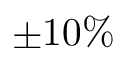
\pm 1 0 \%